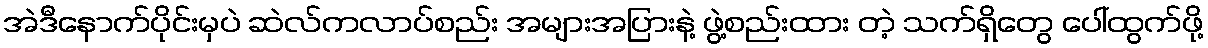
အဲဒီနောက်ပိုင်းမှပဲ ဆဲလ်ကလာပ်စည်း အများအပြားနဲ့ ဖွဲ့စည်းထား တဲ့ သက်ရှိတွေ ပေါ်ထွက်ဖို့